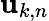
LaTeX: {\mathbf u}_{k,n}